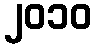
၂၀၁၀